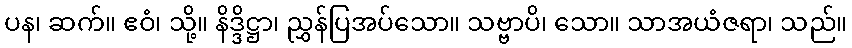
ပန၊ ဆက်။ ဧဝံ၊ သို့။ နိဒ္ဒိဋ္ဌာ၊ ညွှန်ပြအပ်သော။ သဗ္ဗာပိ၊ သော။ သာအယံဇရာ၊ သည်။